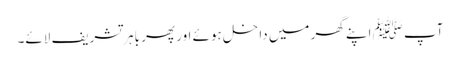
آپ ﷺ اپنے گھر میں داخل ہوئے اور پھر باہر تشریف لائے۔